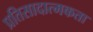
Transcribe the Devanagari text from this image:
प्रतिसादात्मकता